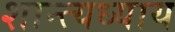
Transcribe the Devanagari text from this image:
शान्त्यध्याय